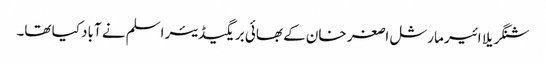
شنگریلا ائیر مارشل اصغر خان کے بھائی بریگیڈیئر اسلم نے آباد کیا تھا۔